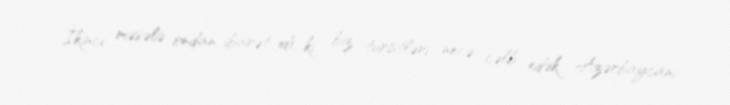
İkinci məsələ ondan ibarət idi ki, biz turistləri necə cəlb edək, Azərbaycanı